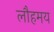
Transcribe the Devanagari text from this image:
लौहमय